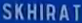
SKHIRAT